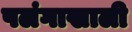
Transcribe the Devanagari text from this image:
पलंगाखाली